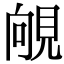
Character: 䚁